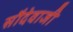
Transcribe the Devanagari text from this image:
सौदेवाजी